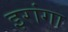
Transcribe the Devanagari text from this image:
इरांगा